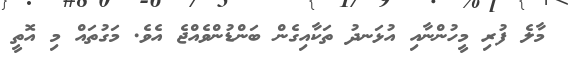
މާލެ ފުރި މީހުންނާއި އުޅަނދު ތަކާއިގެން ބަންޑުންވެއްޖެ އެވެ. މަގުތައް މި އޮތީ